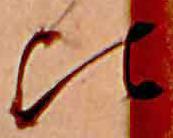
比